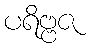
ပရိဗ္ဗဇ